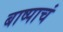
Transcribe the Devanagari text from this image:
बाष्पाचं